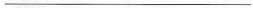
___